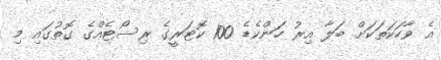
އެ ވާހަކަތަކަށް ބަލާ އިރު ހަންކެޑެ 100 ކޮޓަރީގެ ރިސޯޓެއްގެ ގޮތުގައި މި